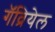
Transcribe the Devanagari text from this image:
गॅव्रियेल